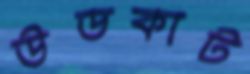
উডকাট